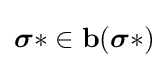
{\boldsymbol {\sigma }}*\in \mathbf {b} ({\boldsymbol {\sigma }}*)